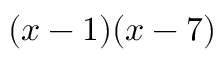
( x - 1 ) ( x - 7 )